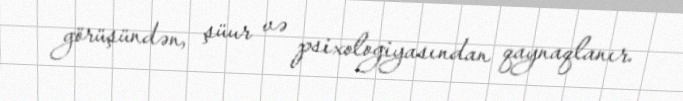
görüşündən, şüur və psixologiyasından qaynaqlanır.